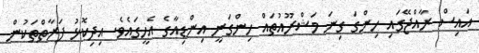
އައިސް ރާއްޖޭގައި ހިންގަ ގިނަ މަޝްރޫއުތައް ހިންގަނީ އިންޑިއާގެ އެހީގައެވެ. އިދިކޮޅު ފަރާތްތަކުން